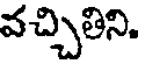
వచ్చితిని.